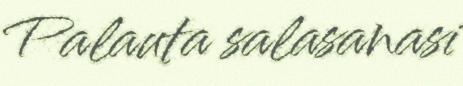
Palauta salasanasi